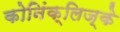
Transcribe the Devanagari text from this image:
कोनिंक्लिज्के